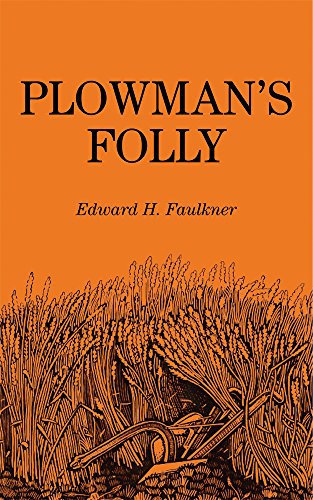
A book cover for Plowman's Folly; Edward H. Faulkner; Science & Math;